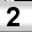
Digit: 2